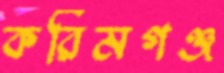
করিমগঞ্জ